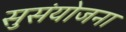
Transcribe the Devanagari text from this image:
सुसंयोजना